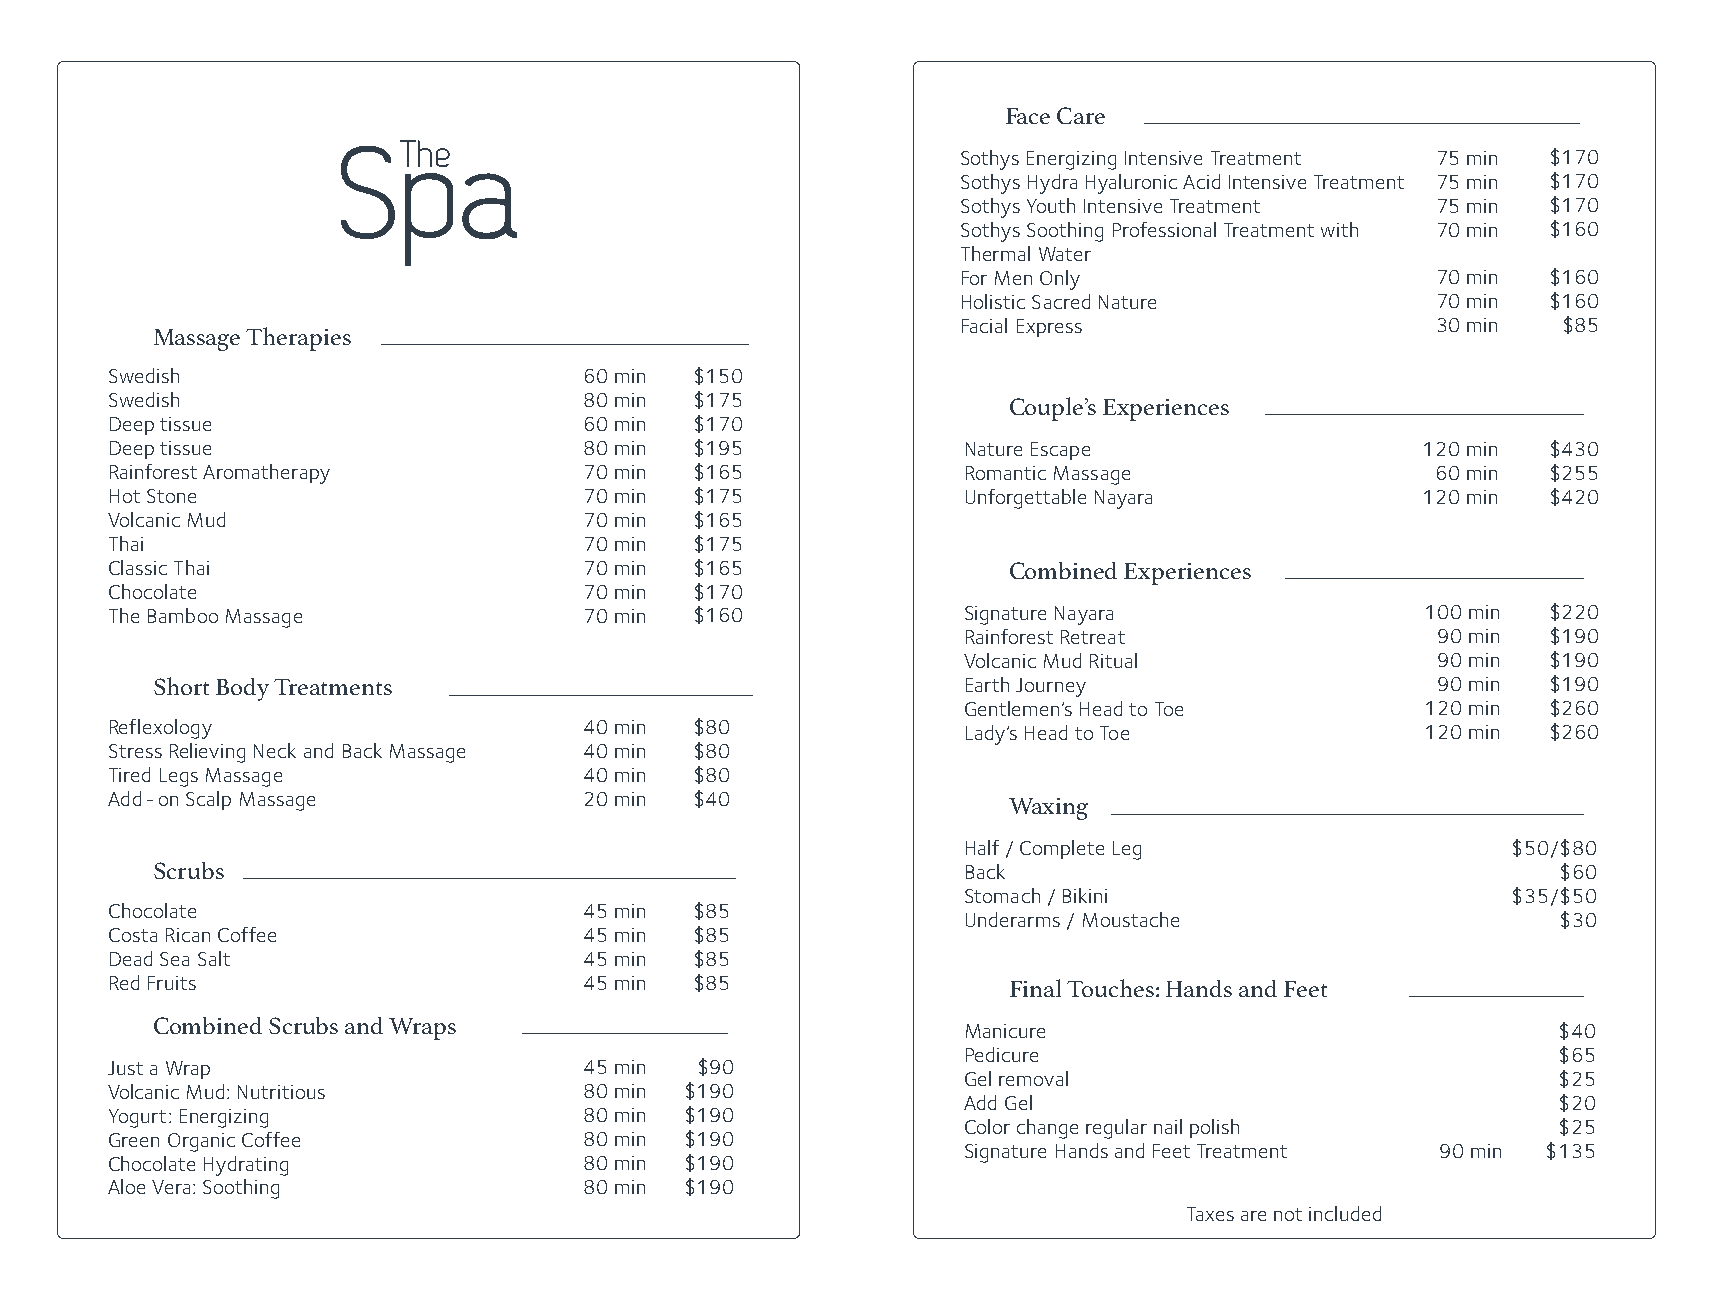
Face Care
 Sothys Energizing Intensive Treatment 75 min $170
 Sothys Hydra Hyaluronic Acid Intensive Treatment 75 min $170
 Sothys Youth Intensive Treatment 75 min $170
 Sothys Soothing Professional Treatment with 70 min $160
 Thermal Water
 For Men Only                   70 min  $160
 Holistic Sacred Nature         70 min  $160
 Facial Express                 30 min  $85
 Massage Therapies
 Swedish                         60 min $150
 Swedish                         80 min $175
 Couple’s Experiences
 Deep tissue                     60 min $170
 Deep tissue                     80 min $195              Nature Escape                 120 min $430
 Rainforest Aromatherapy         70 min $165              Romantic Massage               60 min $255
 Hot Stone                       70 min $175              Unforgettable Nayara          120 min $420
 Volcanic Mud                    70 min $165
 Thai                            70 min $175
 Classic Thai                    70 min $165                 Combined Experiences
 Chocolate                       70 min $170
 The Bamboo Massage              70 min $160              Signature Nayara              100 min $220
 Rainforest Retreat             90 min $190
 Volcanic Mud Ritual            90 min $190
 Short Body Treatments                                 Earth Journey                  90 min $190
 Gentlemen’s Head to Toe       120 min $260
 Reflexology                     40 min $80               Lady’s Head to Toe            120 min $260
 Stress Relieving Neck and Back Massage 40 min $80
 Tired Legs Massage              40 min $80
 Add - on Scalp Massage          20 min $40
 Waxing
 Half / Complete Leg                 $50/$80
 Scrubs                                                Back                                   $60
 Stomach / Bikini                    $35/$50
 Chocolate                       45 min $85
 Underarms / Moustache                  $30
 Costa Rican Coffee              45 min $85
 Dead Sea Salt                   45 min $85
 Red Fruits                      45 min $85
 Final Touches: Hands and Feet
 Combined Scrubs and Wraps                             Manicure                               $40
 Pedicure                               $65
 Just a Wrap                     45 min $90
 Gel removal                            $25
 Volcanic Mud: Nutritious        80 min $190
 Add Gel                                $20
 Yogurt: Energizing              80 min $190
 Color change regular nail polish       $ 2 5
 Green Organic Coffee            80 min $190
 Signature Hands and Feet Treatment 90 min $135
 Chocolate Hydrating             80 min $190
 Aloe Vera: Soothing             80 min $190
 Taxes are not included